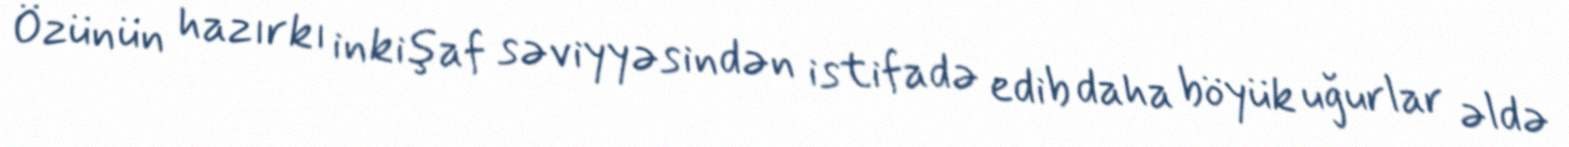
Özünün hazırkı inkişaf səviyyəsindən istifadə edib daha böyük uğurlar əldə